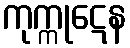
ကုက္ကုဋေန